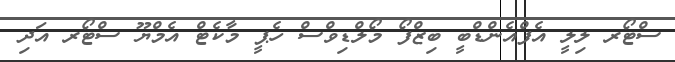
ސްޓޯރ ލިލީ އެފްއެންޑްބީ ބިޒްފޯ މޯލްޑިވްސް ހެޕީ މާކެޓް އެމްޔޫ ސްޓޯރ އަދި